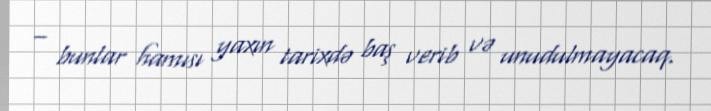
– bunlar hamısı yaxın tarixdə baş verib və unudulmayacaq.